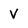
Character: V